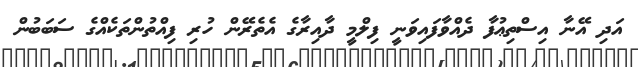
އަދި އޭނާ އިސްތިޢުފާ ދެއްވާފައިވަނީ ފިލްމީ ދާއިރާގެ އެތެރޭން ހުރި ފިއްތުންތަކެއްގެ ސަބަބުން